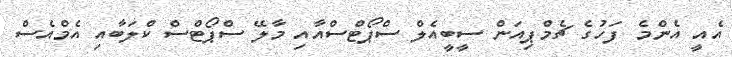
އެއީ އެންމެ ފަހުގެ ޗެމްޕިއަން ސީބީއެލް ސްޕޯޓްސްއާއި މާލޭ ސްޕޯޓްސް ކްލަބާއި އެމްއެސް